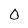
Character: 0